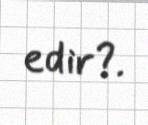
edir?.